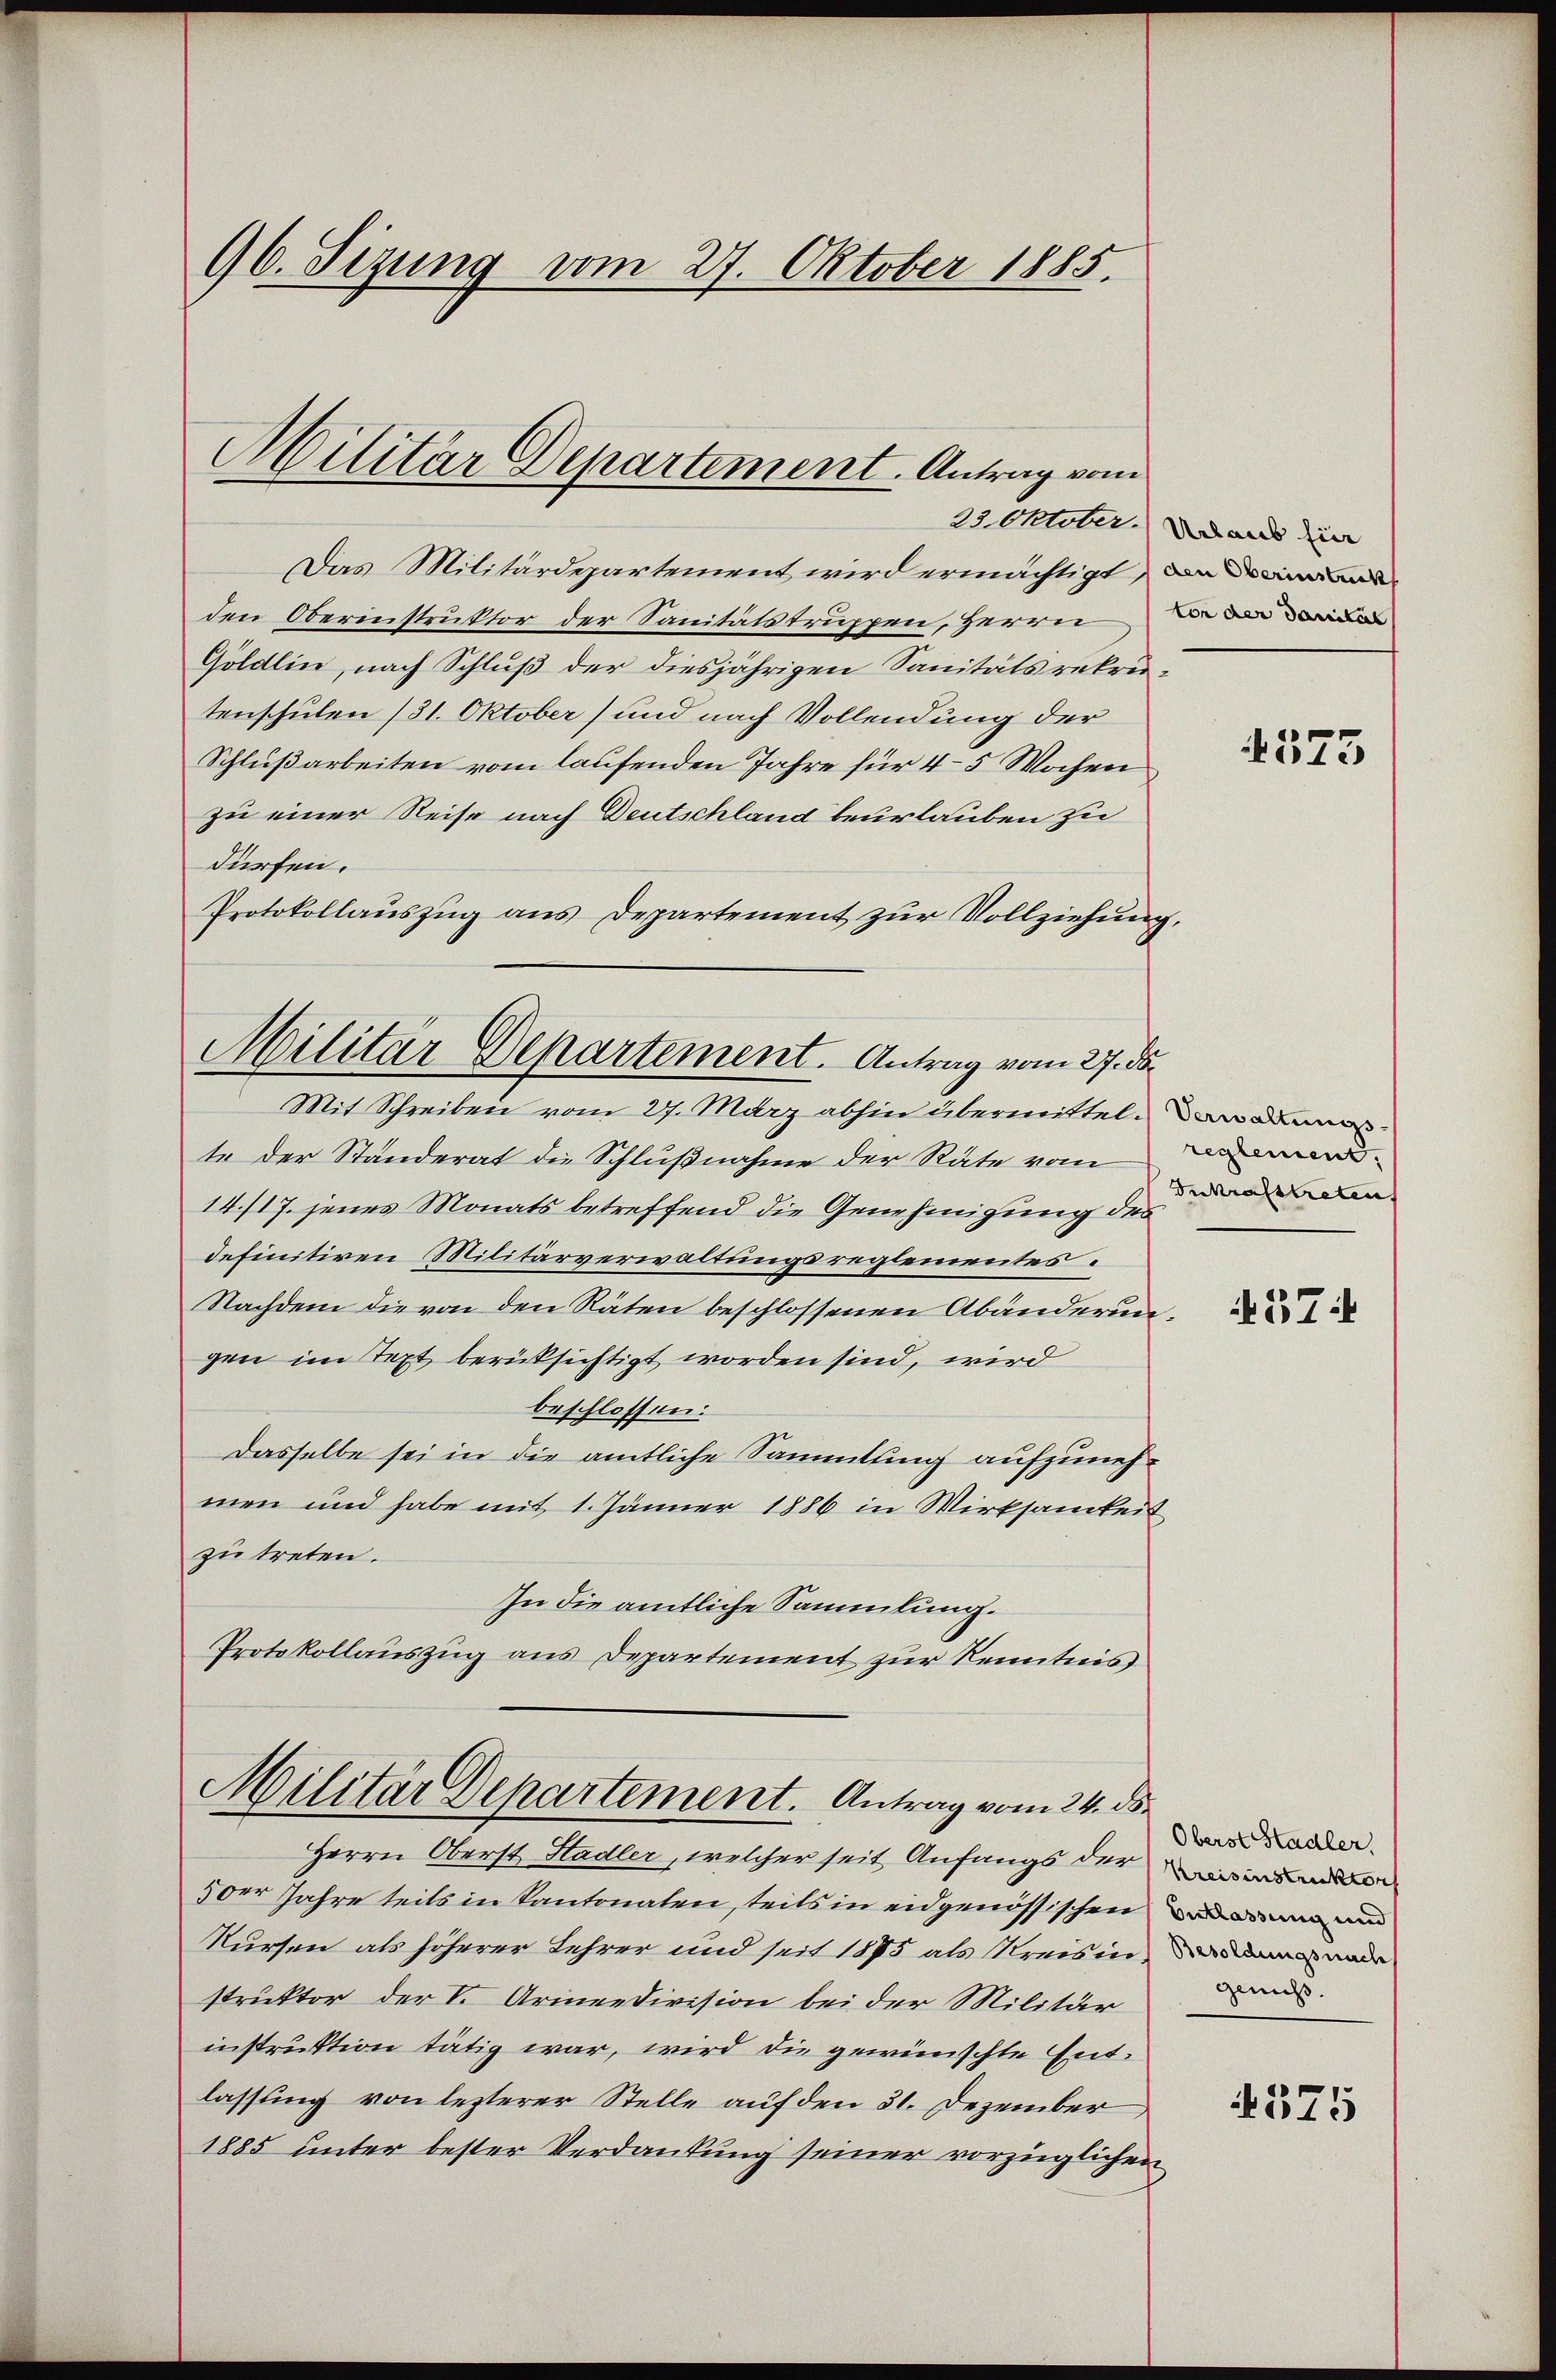
96. Sizung vom 27. Oktober 1885.

Militär Departement. Antrag vom

Militär Departement. Antrag vom 27. ds.

Militär Departement. Antrag vom 24. ds.

Das Militärdepartement wird ermächtigt,
den Oberinstruktor der Sanitätstruppen, Herrn  der eine
Göldlin, nach Schluß der diesjährigen Sanitätsrekrutenschulen (31. Oktober) und nach Vollendung der
Schlußarbeiten vom laufenden Jahre für 4–5 Wochen
zu einer Reise nach Deutschland beurlauben zu
dürfen.
Protokollauszug aus Departement zur Vollziehung,
Mit Schreiben vom 27. März abhin übermittel war ma
te der Standerat die Schlŭβnahme der Rate vom
14./17. jenes Monats betreffend die Genehmigung des
definitiren Militärverwaltungsreglementes.
Nachdem die von den Räten beschlossenen Abänderungen im Text berüksichtigt worden sind, wird
beschlossen:
Dasselbe sei in die amtliche Sammlung aufzunehmen und habe mit 1. Jänner 1886 in Wirksamkeit
zu treten.
In die amtliche Sammlung.
Protokollauszug aus Departement zur Kenntnis

22. Oktober. Urlaub für

Herrn Oberst Stadler, welcher seit Anfangs der winde
5 der Jahre teils in Kantonaten, teils in eidgenössischen un
Kursen als höherer Lehrer und seit 1875 als Kreisingnade
struktor der V. Armeedivision bei der Militär
instruktion tätig war, wird die gewünschte Entlassung von lezterer Stelle auf den 31. Dezember
1885 unter bester Verdankung seiner vorzüglichen

573

Inkrafttreten.

N574

Oberst Stadler.
genuss.

375